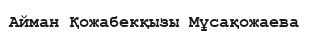
Айман Қожабекқызы Мұсақожаева